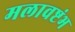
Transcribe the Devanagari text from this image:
मलावष्टंभ